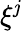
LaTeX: \xi^{\mathit{j}}